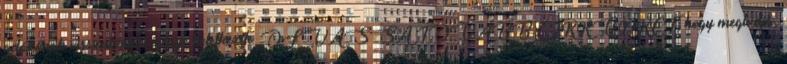
adózónak visszatérítési igénye keletkezik. OLVASSA TOVÁBB CIKKÜNKET, hogy megtudja,